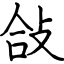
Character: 敆